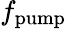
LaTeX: f_{\mathrm{pump}}